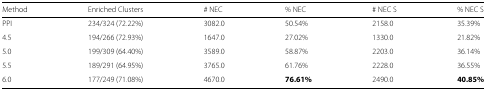
<table><thead><tr><td><b>Method</b></td><td><b>Enriched Clusters</b></td><td><b># NEC</b></td><td><b>% NEC</b></td><td><b># NEC S</b></td><td><b>% NEC S</b></td></tr></thead><tbody><tr><td>PPI</td><td>234/324 (72.22%)</td><td>3082.0</td><td>50.54%</td><td>2158.0</td><td>35.39%</td></tr><tr><td>4.5</td><td>194/266 (72.93%)</td><td>1647.0</td><td>27.02%</td><td>1330.0</td><td>21.82%</td></tr><tr><td>5.0</td><td>199/309 (64.40%)</td><td>3589.0</td><td>58.87%</td><td>2203.0</td><td>36.14%</td></tr><tr><td>5.5</td><td>189/291 (64.95%)</td><td>3765.0</td><td>61.76%</td><td>2228.0</td><td>36.55%</td></tr><tr><td>6.0</td><td>177/249 (71.08%)</td><td>4670.0</td><td><b>76.61%</b></td><td>2490.0</td><td><b>40.85%</b></td></tr></tbody></table>